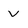
Character: v